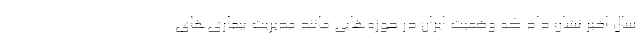
سال اخیر نشان داد که وضعیت ایران در حوزه‌هایی مانند مدیریت بیماری‌های